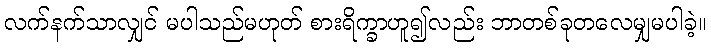
လက်နက်သာလျှင် မပါသည်မဟုတ် စားရိက္ခာဟူ၍လည်း ဘာတစ်ခုတလေမျှမပါခဲ့။